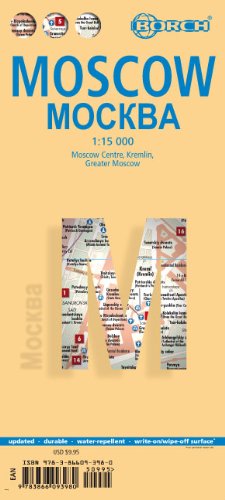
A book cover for Laminated Moscow Map by Borch (English, Spanish, French, Italian and German Edition); Borch; Travel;